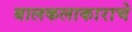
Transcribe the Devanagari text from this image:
बालकलाकाराचे